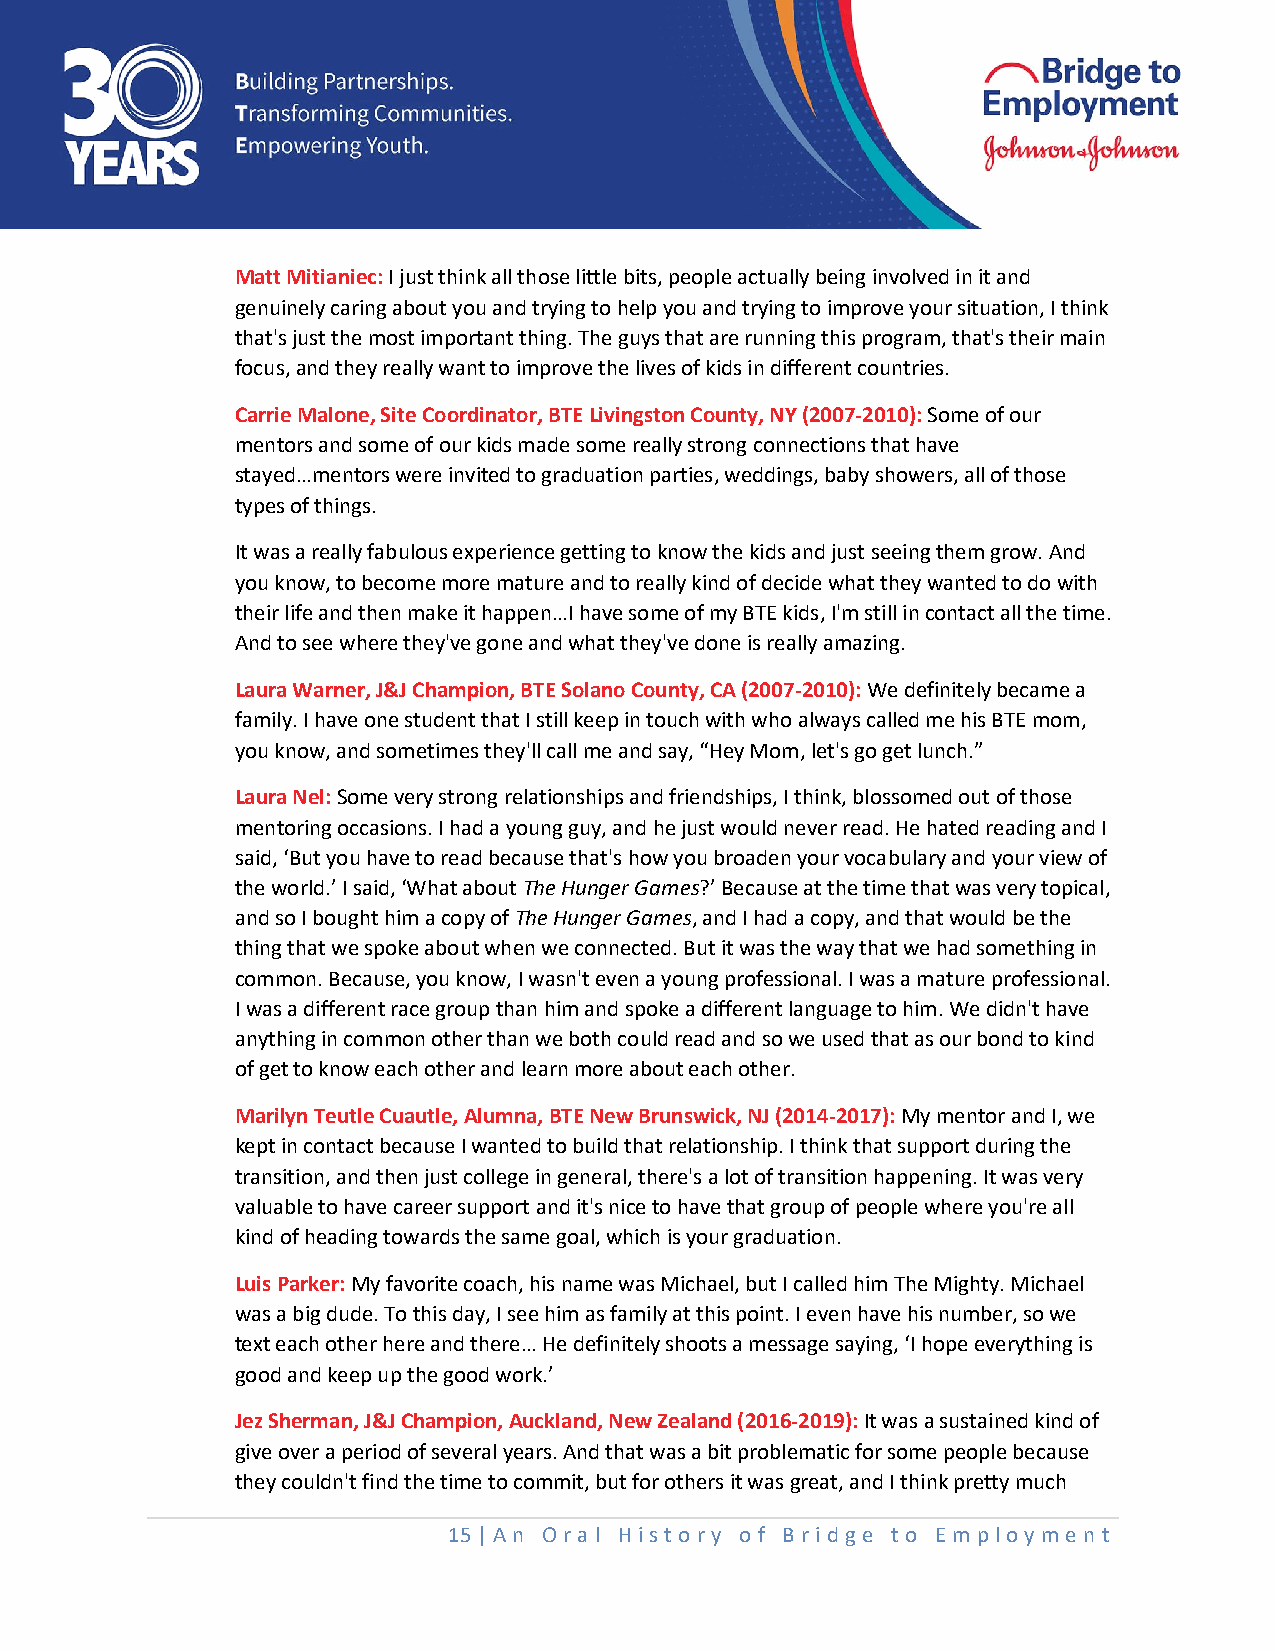
Matt Mitianiec: I just think all those little bits, people actually being involved in it and
 genuinely caring about you and trying to help you and trying to improve your situation, I think
 that's just the most important thing. The guys that are running this program, that's their main
 focus, and they really want to improve the lives of kids in different countries.
 Carrie Malone, Site Coordinator, BTE Livingston County, NY (2007-2010): Some of our
 mentors and some of our kids made some really strong connections that have
 stayed…mentors were invited to graduation parties, weddings, baby showers, all of those
 types of things.
 It was a really fabulous experience getting to know the kids and just seeing them grow. And
 you know, to become more mature and to really kind of decide what they wanted to do with
 their life and then make it happen…I have some of my BTE kids, I'm still in contact all the time.
 And to see where they've gone and what they've done is really amazing.
 Laura Warner, J&J Champion, BTE Solano County, CA (2007-2010): We definitely became a
 family. I have one student that I still keep in touch with who always called me his BTE mom,
 you know, and sometimes they'll call me and say, “Hey Mom, let's go get lunch.”
 Laura Nel: Some very strong relationships and friendships, I think, blossomed out of those
 mentoring occasions. I had a young guy, and he just would never read. He hated reading and I
 said, ‘But you have to read because that's how you broaden your vocabulary and your view of
 the world.’ I said, ‘What about The Hunger Games?’ Because at the time that was very topical,
 and so I bought him a copy of The Hunger Games, and I had a copy, and that would be the
 thing that we spoke about when we connected. But it was the way that we had something in
 common. Because, you know, I wasn't even a young professional. I was a mature professional.
 I was a different race group than him and spoke a different language to him. We didn't have
 anything in common other than we both could read and so we used that as our bond to kind
 of get to know each other and learn more about each other.
 Marilyn Teutle Cuautle, Alumna, BTE New Brunswick, NJ (2014-2017): My mentor and I, we
 kept in contact because I wanted to build that relationship. I think that support during the
 transition, and then just college in general, there's a lot of transition happening. It was very
 valuable to have career support and it's nice to have that group of people where you're all
 kind of heading towards the same goal, which is your graduation.
 Luis Parker: My favorite coach, his name was Michael, but I called him The Mighty. Michael
 was a big dude. To this day, I see him as family at this point. I even have his number, so we
 text each other here and there… He definitely shoots a message saying, ‘I hope everything is
 good and keep up the good work.’
 Jez Sherman, J&J Champion, Auckland, New Zealand (2016-2019): It was a sustained kind of
 give over a period of several years. And that was a bit problematic for some people because
 they couldn't find the time to commit, but for others it was great, and I think pretty much
 15 | An O ral History o f Bridge t o Em ploy me nt